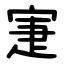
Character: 寁